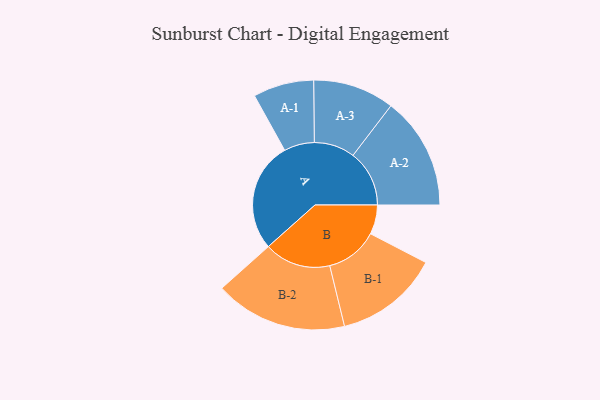
{"axis": {"x": "Segment", "y": "Value"}, "legend": ["", "A", "B"], "data": [{"x": "A", "y": 416, "type": ""}, {"x": "B", "y": 111, "type": ""}, {"x": "A-1", "y": 115, "type": "A"}, {"x": "A-2", "y": 213, "type": "A"}, {"x": "A-3", "y": 154, "type": "A"}, {"x": "B-1", "y": 198, "type": "B"}, {"x": "B-2", "y": 251, "type": "B"}]}